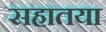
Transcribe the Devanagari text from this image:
सहातया